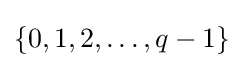
\{0,1,2,\ldots ,q-1\}